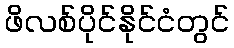
ဖိလစ်ပိုင်နိုင်ငံတွင်